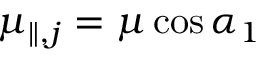
\mu _ { \parallel , j } = \mu \cos \alpha _ { 1 }